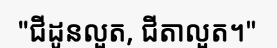
"ជីដូនលួត, ជីតាលួត។"